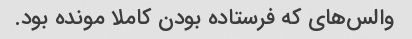
والس‌های که فرستاده بودن کاملا مونده بود.